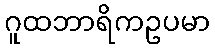
ဂူထဘာရိကဥပမာ